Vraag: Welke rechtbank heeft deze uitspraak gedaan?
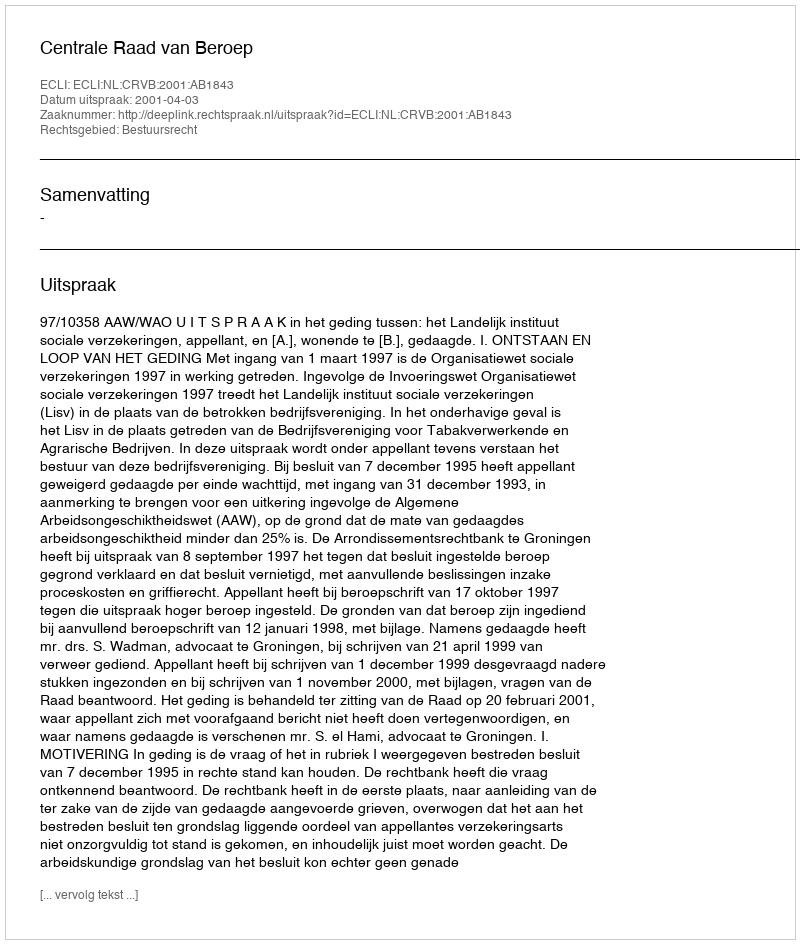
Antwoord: Centrale Raad van Beroep